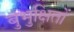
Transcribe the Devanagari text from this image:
बुभुक्षितों